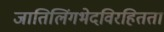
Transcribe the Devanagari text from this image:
जातिलिंगभेदविरहितता